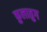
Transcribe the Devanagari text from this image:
कुलातुग